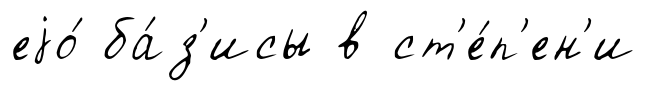
еjо́ ба́з'исы в ст'е́п'ен'и